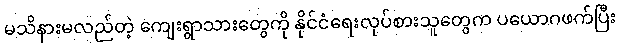
မသိနားမလည်တဲ့ ကျေးရွာသားတွေကို နိုင်ငံရေးလုပ်စားသူတွေက ပယောဂဖက်ပြီး